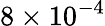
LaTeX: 8\times 10^{-4}